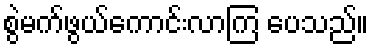
စွဲမက်ဖွယ်ကောင်းလာကြ ပေသည်။